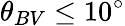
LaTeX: \theta_{BV}\leq 10^{\circ}